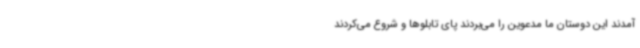
‌آمدند این دوستان ما مدعوین را می‌بردند پای تابلوها و شروع می‌کردند